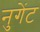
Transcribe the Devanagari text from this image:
नुगेंट